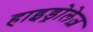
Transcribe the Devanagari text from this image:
हाइड्रोलेज़